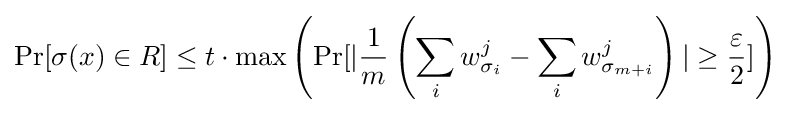
\Pr[\sigma (x)\in R]\leq t\cdot \max \left(\Pr[|{\frac {1}{m}}\left(\sum _{i}w_{\sigma _{i}}^{j}-\sum _{i}w_{\sigma _{m+i}}^{j}\right)|\geq {\frac {\varepsilon }{2}}]\right)